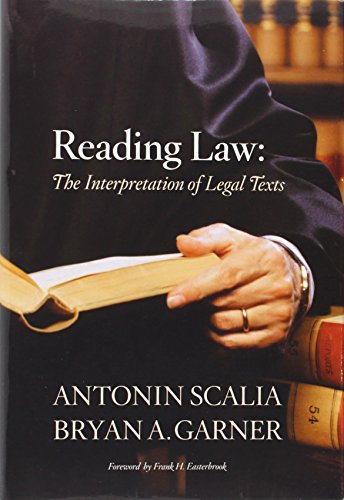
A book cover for Reading Law: The Interpretation of Legal Texts; Antonin Scalia; Law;